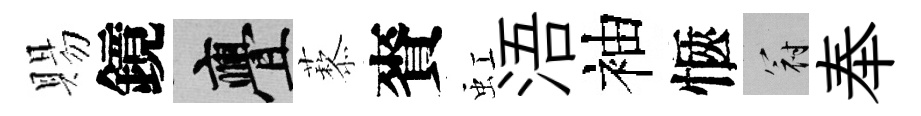
賜鏡亹藜賚虹浯袖愜冠奉